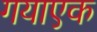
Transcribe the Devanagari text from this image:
गयाएक